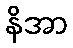
နိအာ